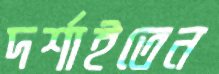
দর্শাইতেন